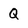
Character: Q